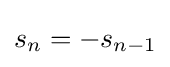
s_{n}=-s_{n-1}